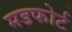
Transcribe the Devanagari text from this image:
मडफोर्ट